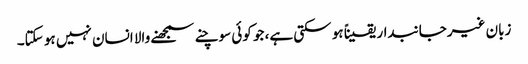
زبان غیرجانبدار یقیناً ہو سکتی ہے، جو کوئی سوچنے سمجھنے والا انسان نہیں ہو سکتا۔